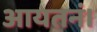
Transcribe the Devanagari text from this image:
आयतनं।